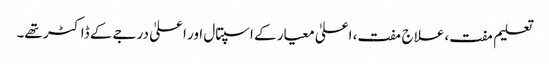
تعلیم مفت، علاج مفت، اعلیٰ معیار کے اسپتال اور اعلیٰ درجے کے ڈاکٹر تھے۔